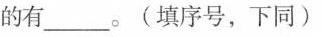
的有______。(填序号，下同)